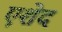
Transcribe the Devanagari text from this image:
एशेद